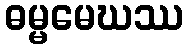
ဓမ္မမေဃဿ